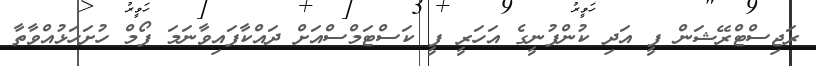
ރަޖިސްޓްރޭޝަން ފީ އަދި ކުންފުނީގެ އަހަރީ ފީ ކަސްޓަމްސްއަށް ދައްކާފައިވާނަމަ ފޯމް ހުށަހަޅުއްވާތާ